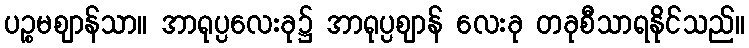
ပဉ္စမဈာန်သာ။ အာရုပ္ပလေးခု၌ အာရုပ္ပဈာန် လေးခု တခုစီသာရနိုင်သည်။